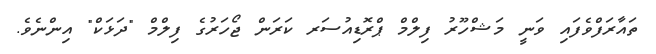
ތައާރަފްވެފައި ވަނީ މަޝްހޫރު ފިލްމް ޕްރޮޑިއުސަރ ކަރަން ޖޯހަރުގެ ފިލްމް "ދަޅަކް" އިންނެވެ.